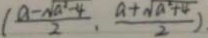
( \frac { a - \sqrt { a ^ { 2 } - 4 } } { 2 } , \frac { a + \sqrt { a ^ { 2 } + 4 } } { 2 } )